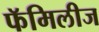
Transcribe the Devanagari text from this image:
फॅमिलीज